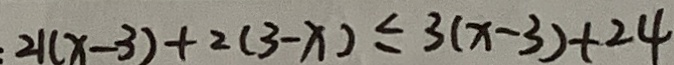
: 2 1 ( x - 3 ) + 2 ( 3 - x ) \leq 3 ( x - 3 ) + 2 4